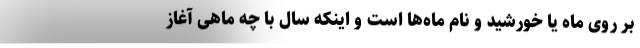
بر روی ماه یا خورشید و نام ماه‌ها است و اینکه سال با چه ماهی آغاز